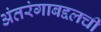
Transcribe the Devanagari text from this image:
अंतरंगाबद्दलची